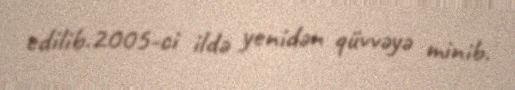
edilib.2005-ci ildə yenidən qüvvəyə minib.